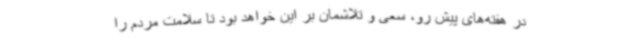
در هفته‌های پیش رو، سعی و تلاشمان بر این خواهد بود تا سلامت مردم را